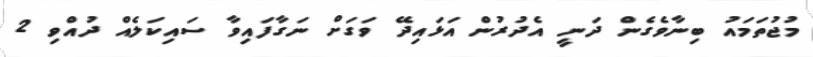
މުޖުތަމައު ބިނާވެގެން ދަނީ އެދުރުން އަޅައިދޭ ވަގަށް ނަގާފައިވާ ސައިކަލެއް ދުއްވި 2